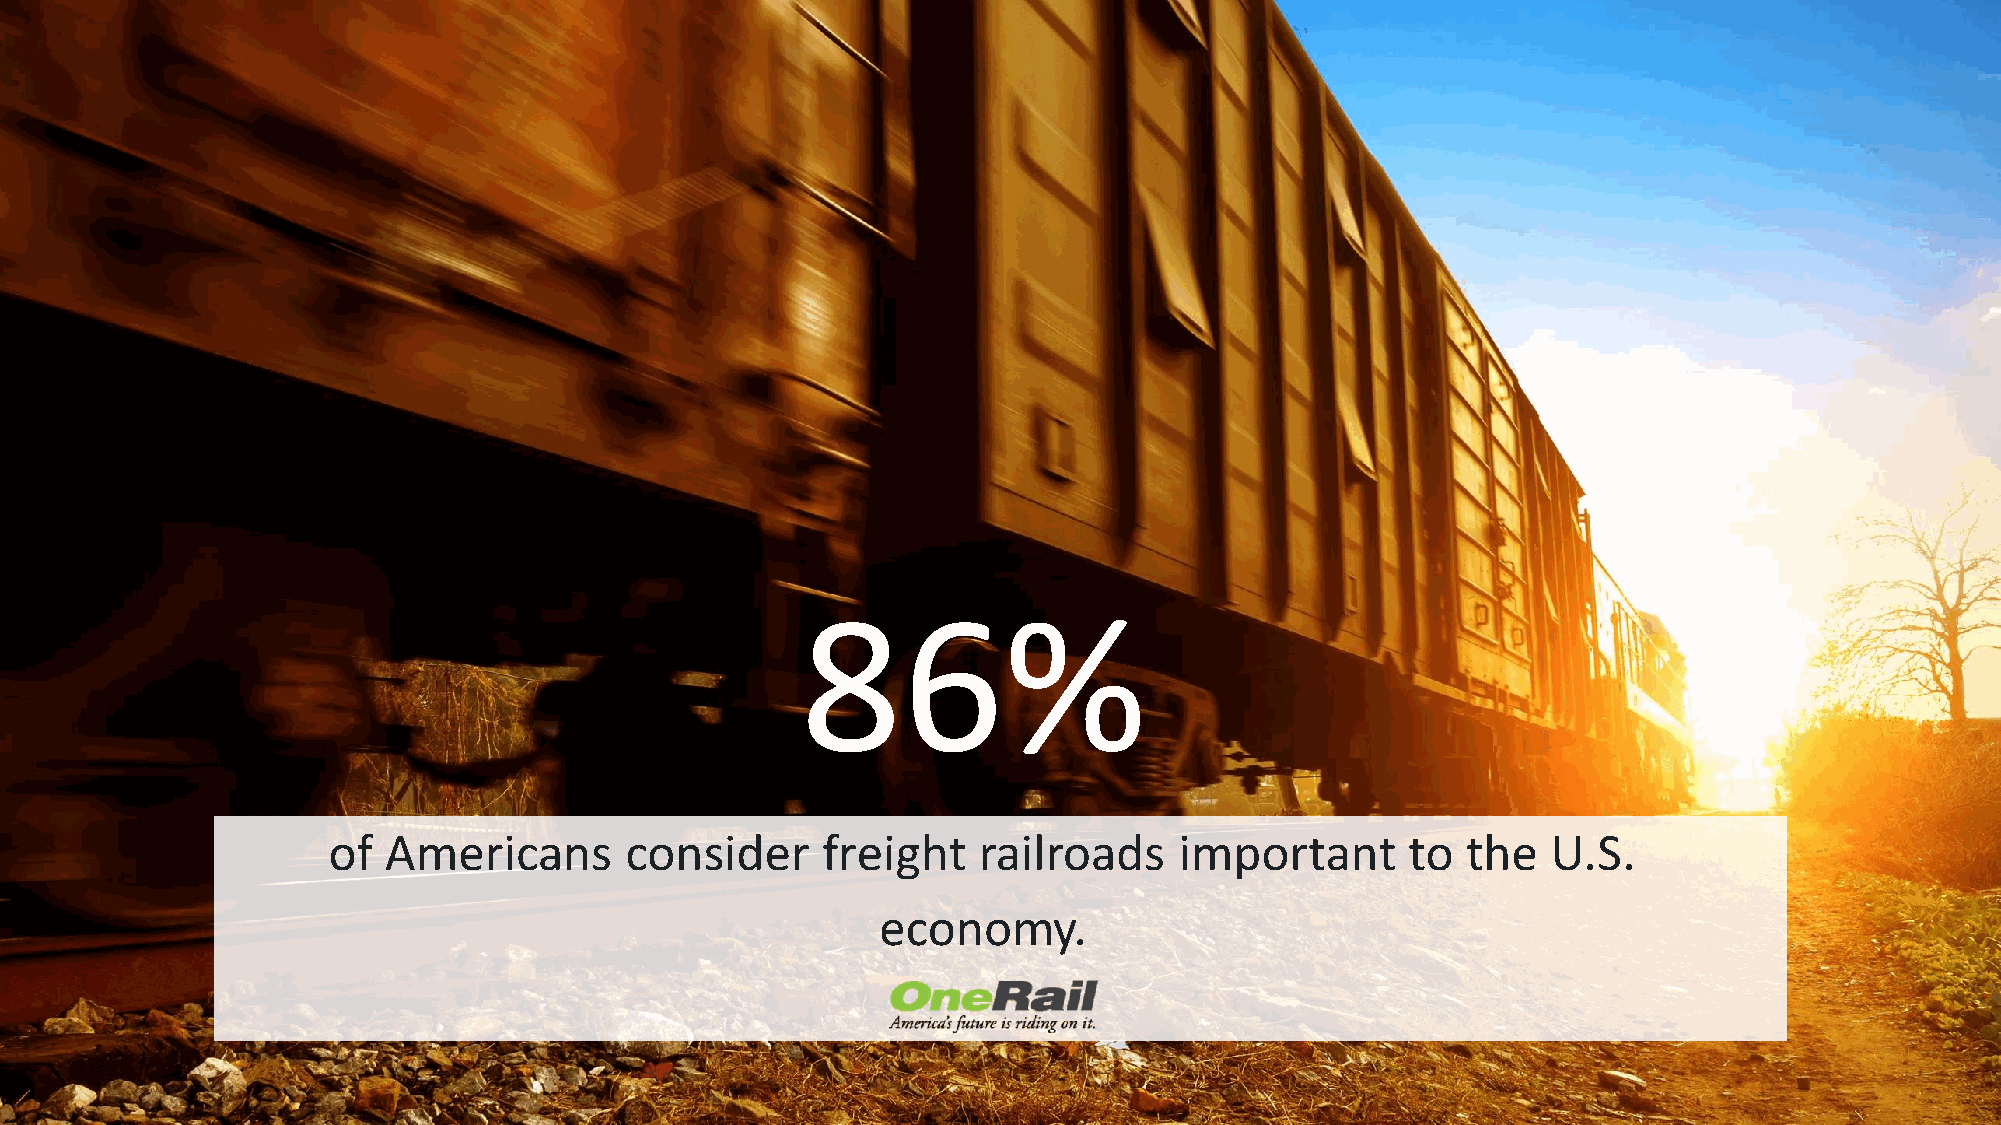
86%
 of Americans       consider     freight    railroads    important      to  the   U.S.
 economy.